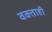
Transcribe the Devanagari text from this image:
वक्ताही